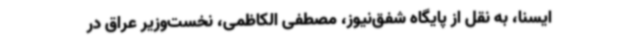
ایسنا، به نقل از پایگاه شفق‌نیوز، مصطفی الکاظمی، نخست‌وزیر عراق در